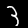
Digit: 3